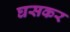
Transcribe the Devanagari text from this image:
घसकर